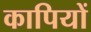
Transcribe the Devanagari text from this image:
कापियों